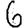
Digit: 6